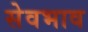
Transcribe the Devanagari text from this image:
सेवभाव